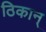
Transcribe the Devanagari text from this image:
ठिकान्